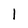
Character: l